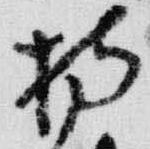
持